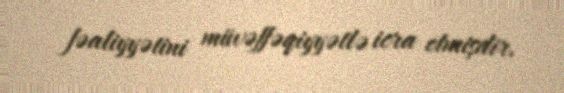
fəaliyyətini müvəffəqiyyətlə icra etmişdir.